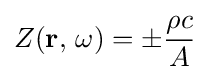
Z(\mathbf {r} ,\,\omega )=\pm {\frac {\rho c}{A}}